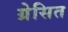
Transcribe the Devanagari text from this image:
ग्रेसित